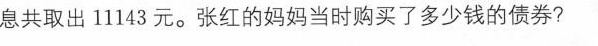
息共取出11143元。张红的妈妈当时购买了多少钱的债券?